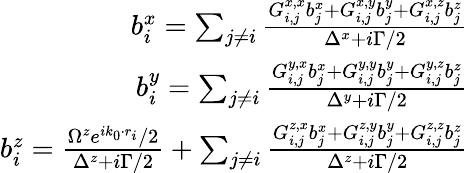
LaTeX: \begin{array}{r}{b_{i}^{x}=\sum_{j\neq i}\frac{G_{i,j}^{x,x}b_{j}^{x}+G_{i,j}^{x,y}b_{j}^{y}+G_{i,j}^{x,z}b_{j}^{z}}{\Delta^{x}+i\Gamma/2}}\\ {b_{i}^{y}=\sum_{j\neq i}\frac{G_{i,j}^{y,x}b_{j}^{x}+G_{i,j}^{y,y}b_{j}^{y}+G_{i,j}^{y,z}b_{j}^{z}}{\Delta^{y}+i\Gamma/2}}\\ {b_{i}^{z}=\frac{\Omega^{z}e^{ik_{0}\cdot r_{i}}/2}{\Delta^{z}+i\Gamma/2}+\sum_{j\neq i}\frac{G_{i,j}^{z,x}b_{j}^{x}+G_{i,j}^{z,y}b_{j}^{y}+G_{i,j}^{z,z}b_{j}^{z}}{\Delta^{z}+i\Gamma/2}}\end{array}